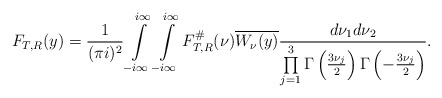
\begin{align*}F_{T,R}(y) = \frac{1}{(\pi i)^2} \int \limits_{-i \infty}^{i \infty} \int \limits_{-i \infty}^{i \infty} F^{\#}_{T,R}(\nu) \overline{W_{\nu}(y)} \frac{d\nu_1 d\nu_2}{\prod \limits_{j=1}^3 \Gamma\left(\frac{3\nu_j}{2}\right) \Gamma\left(-\frac{3\nu_j}{2}\right) }.\end{align*}